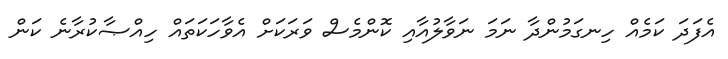
އެފަދަ ކަމެއް ހިނގަމުންދާ ނަމަ ނަވާލުއާއި ކޮންމެސް ވަރަކަށް އެވާހަކަތައް ހިއްޞާކުރާނެ ކަން